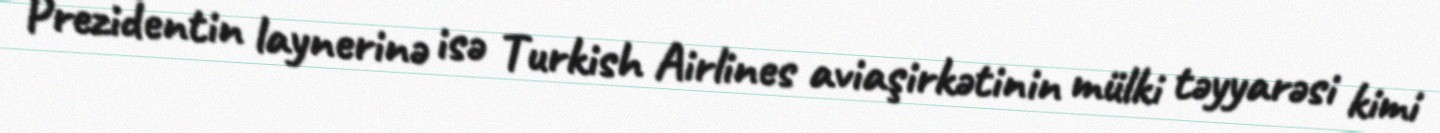
Prezidentin laynerinə isə Turkish Airlines aviaşirkətinin mülki təyyarəsi kimi